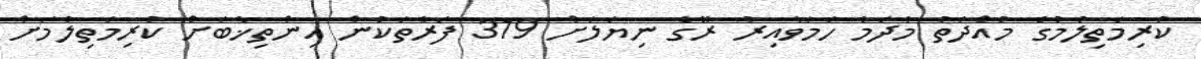
ކުރިމަތިލުމުގެ މުއްދަތު މާދަމާ ހަމަވާއިރު ރޭގެ ނިޔަލަށް 319 ފަރާތަކުން އިންތިޚާބަށް ކުރިމަތިލުމަށް